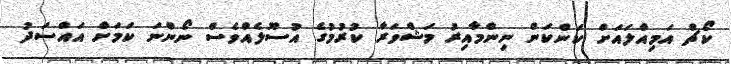
ކޯޗް އަމިއްލައަށް ކަންކަން ނިންމާއިރު މަޝްވަރާ ކުރުމުގެ އުސޫލެއްވެސް ނޯންނަ ކަމަށް އައްސަދު